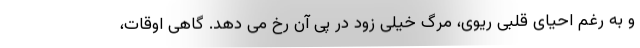
و به رغم احیای قلبی ریوی، مرگ خیلی زود در پی آن رخ می دهد. گاهی اوقات،